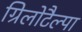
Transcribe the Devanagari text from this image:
ग्रिलोटैल्पा